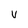
Character: V